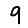
Digit: 9